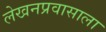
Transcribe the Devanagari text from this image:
लेखनप्रवासाला